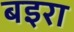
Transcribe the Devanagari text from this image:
बइरा